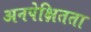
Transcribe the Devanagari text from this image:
अनपेक्षितता